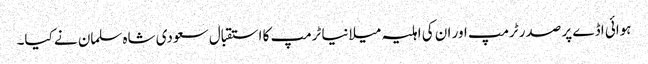
ہوائی اڈے پر صدر ٹرمپ اور ان کی اہلیہ میلانیا ٹرمپ کا استقبال سعودی شاہ سلمان نے کیا۔